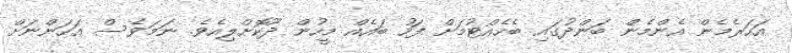
އަހަރެމެން އެންމެން ބަންދުގައި ބެހެއްޓުމަށް ފަހު ބައެއް މީހުން ދޫކޮށްލިއެވެ. ނަމަަވެސް އަހަންނަށް